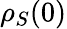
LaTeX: \rho_{S}(0)